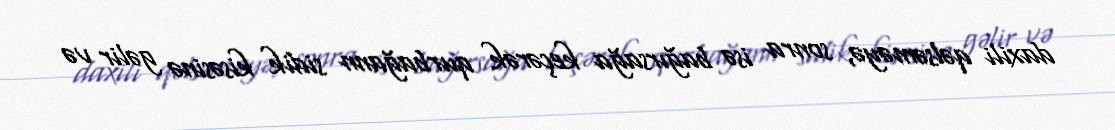
daxili qəlsəməyə, sonra isə bağırsağa keçərək qurbağann sidik kisəsinə gəlir və